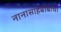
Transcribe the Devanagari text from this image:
नानासाहेबांबाचा